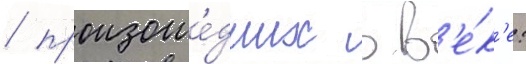
/ произоше́дших в в'е́к'е: